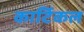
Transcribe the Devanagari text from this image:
कार्टिकल